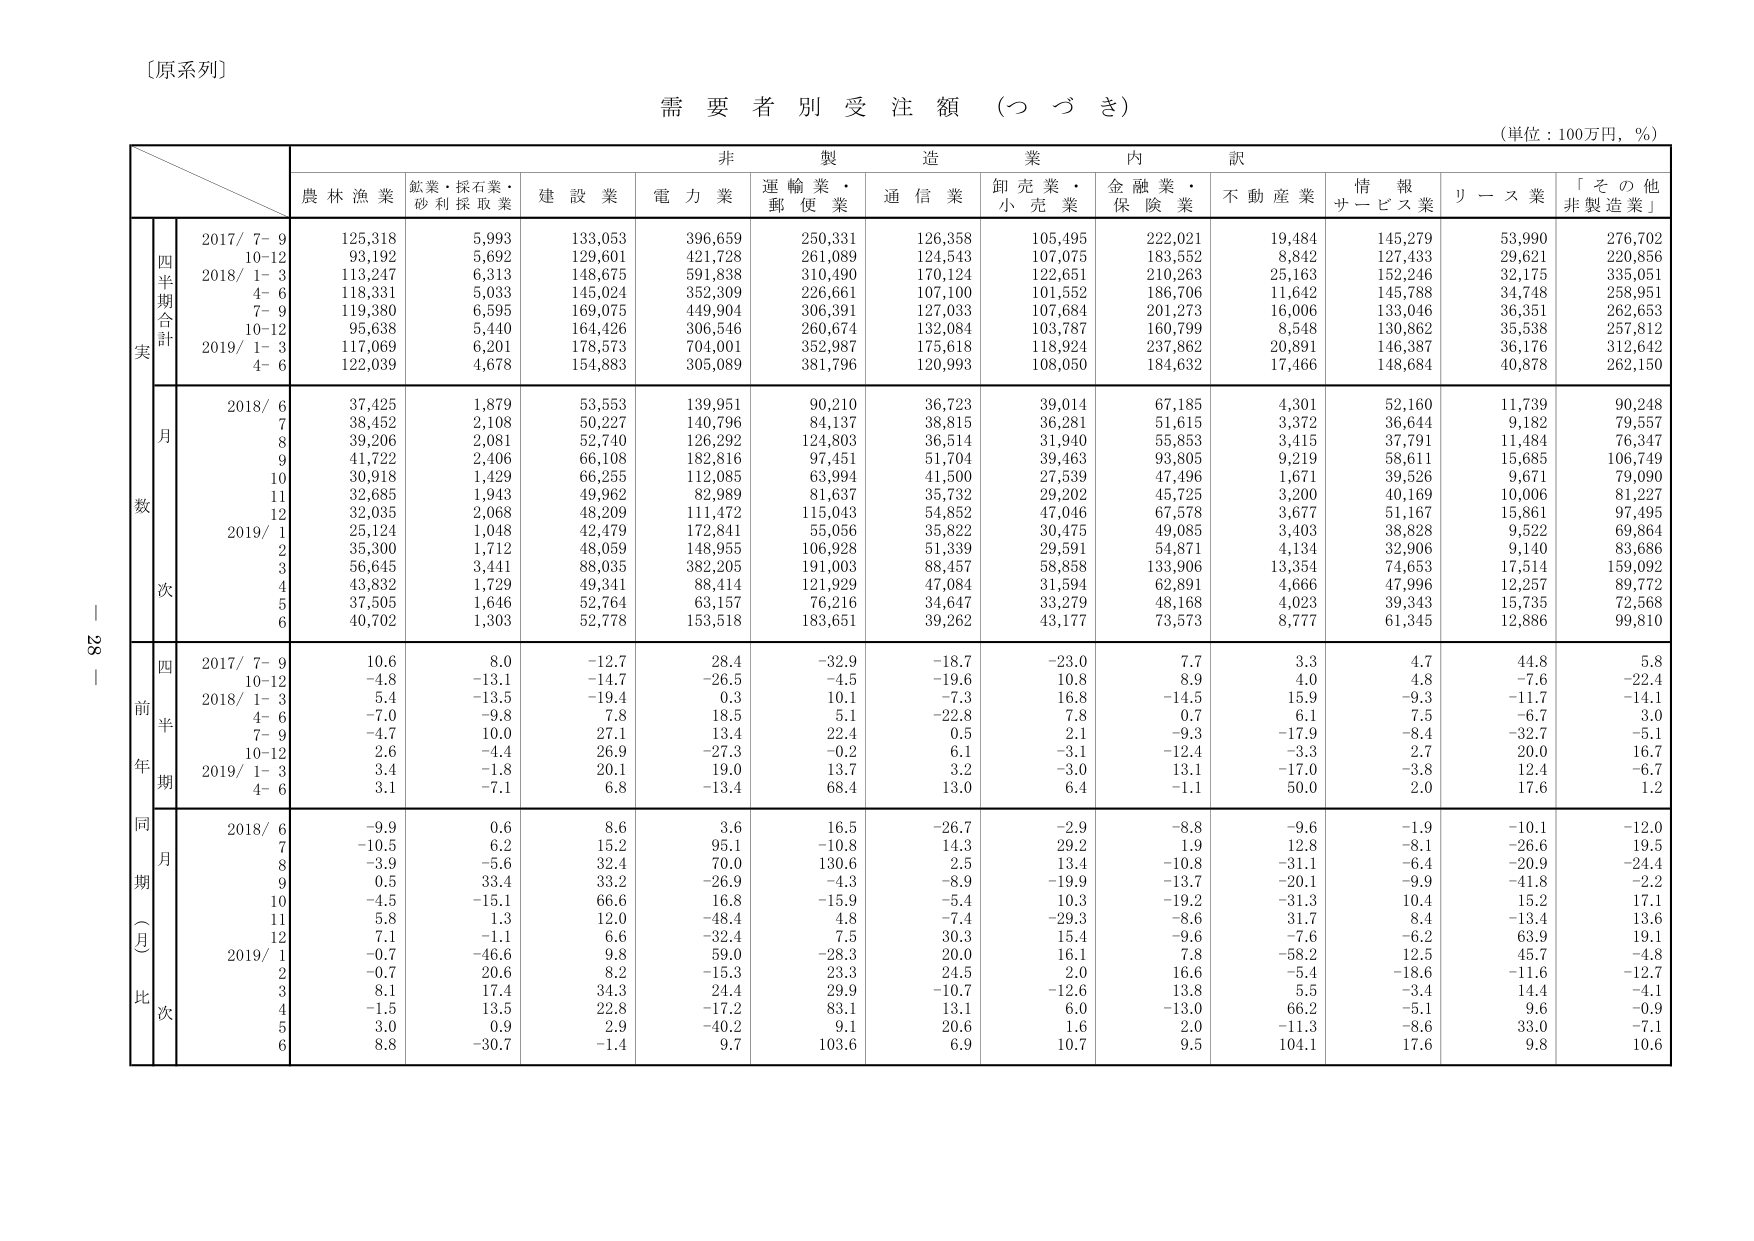
〔原系列〕

需要者別受注額（つづき）

（単位：100万円，％）

非製造業内訳

農林漁業　鉱業・採石業・砂利採取業　建設業　電力業　運輸業・郵便業　通信業　卸売業・小売業　金融業・保険業　不動産業　情報サービス業　リース業　「その他非製造業」

実

四半期合計

2017/ 7- 9　125,318　5,993　133,053　396,659　250,331　126,358　105,495　222,021　19,484　145,279　53,990　276,702
10-12　93,192　5,692　129,601　421,728　261,089　124,543　107,075　183,552　8,842　127,433　29,621　220,856
2018/ 1- 3　113,247　6,313　148,675　591,838　310,490　170,124　122,651　210,263　25,163　152,246　32,175　335,051
4- 6　118,331　5,033　145,024　352,309　226,661　107,100　101,552　186,706　11,642　145,788　34,748　258,951
7- 9　119,380　6,595　169,075　449,904　306,391　127,033　107,684　201,273　16,006　133,046　36,351　262,653
10-12　95,638　5,440　164,426　306,546　260,674　132,084　103,787　160,799　8,548　130,862　35,538　257,812
2019/ 1- 3　117,069　6,201　178,573　704,001　352,987　175,618　118,924　237,862　20,891　146,387　36,176　312,642
4- 6　122,039　4,678　154,883　305,089　381,796　120,993　108,050　184,632　17,466　148,684　40,878　262,150

数

月

2018/ 6　37,425　1,879　53,553　139,951　90,210　36,723　39,014　67,185　4,301　52,160　11,739　90,248
7　38,452　2,108　50,227　140,796　84,137　38,815　36,281　51,615　3,372　36,644　9,182　79,557
8　39,206　2,081　52,740　126,292　124,803　36,514　31,940　55,853　3,415　37,791　11,484　76,347
9　41,722　2,406　66,108　182,816　97,451　51,704　39,463　93,805　9,219　58,611　15,685　106,749
10　30,918　1,429　66,255　112,085　63,994　41,500　27,539　47,496　1,671　39,526　9,671　79,090
11　32,685　1,943　49,962　82,989　81,637　35,732　29,202　45,725　3,200　40,169　10,006　81,227
12　32,035　2,068　48,209　111,472　115,043　54,852　47,046　67,578　3,677　51,167　15,861　97,495
2019/ 1　25,124　1,048　42,479　172,841　55,056　35,822　30,475　49,085　3,403　38,828　9,522　69,864
2　35,300　1,712　48,059　148,955　106,928　51,339　29,591　54,871　4,134　32,906　9,140　83,686
3　56,645　3,441　88,035　382,205　191,003　88,457　58,858　133,906　13,354　74,653　17,514　159,092
4　43,832　1,729　49,341　88,414　121,929　47,084　31,594　62,891　4,666　47,996　12,257　89,772
5　37,505　1,646　52,764　63,157　76,216　34,647　33,279　48,168　4,023　39,343　15,735　72,568
6　40,702　1,303　52,778　153,518　183,651　39,262　43,177　73,573　8,777　61,345　12,886　99,810

前年同期（月比）次

四半期

2017/ 7- 9　10.6　8.0　-12.7　28.4　-32.9　-18.7　-23.0　7.7　3.3　4.7　44.8　5.8
10-12　-4.8　-13.1　-14.7　-26.5　-4.5　-19.6　10.8　8.9　4.0　4.8　-7.6　-22.4
2018/ 1- 3　5.4　-13.5　-19.4　0.3　10.1　-7.3　16.8　-14.5　15.9　-9.3　-11.7　-14.1
4- 6　-7.0　-9.8　7.8　18.5　5.1　-22.8　7.8　0.7　6.1　7.5　-6.7　3.0
7- 9　-4.7　10.0　27.1　13.4　22.4　0.5　2.1　-9.3　-17.9　-8.4　-32.7　-5.1
10-12　2.6　-4.4　26.9　-27.3　-0.2　6.1　-3.1　-12.4　-3.3　2.7　20.0　16.7
2019/ 1- 3　3.4　-1.8　20.1　19.0　13.7　3.2　-3.0　13.1　-17.0　-3.8　12.4　-6.7
4- 6　3.1　-7.1　6.8　-13.4　68.4　13.0　6.4　-1.1　50.0　2.0　17.6　1.2

月

2018/ 6　-9.9　0.6　8.6　3.6　16.5　-26.7　-2.9　-8.8　-9.6　-1.9　-10.1　-12.0
7　-10.5　6.2　15.2　95.1　-10.8　14.3　29.2　1.9　12.8　-8.1　-26.6　19.5
8　-3.9　-5.6　32.4　70.0　130.6　2.5　13.4　-10.8　-31.1　-6.4　-20.9　-24.4
9　0.5　33.4　33.2　-26.9　-4.3　-8.9　-19.9　-13.7　-20.1　-9.9　-41.8　-2.2
10　-4.5　-15.1　66.6　16.8　-15.9　-5.4　10.3　-19.2　-31.3　10.4　15.2　17.1
11　5.8　1.3　12.0　-48.4　4.8　-7.4　-29.3　-8.6　31.7　8.4　-13.4　13.6
12　7.1　-1.1　6.6　-32.4　7.5　30.3　15.4　-9.6　-7.6　-6.2　63.9　19.1
2019/ 1　-0.7　-46.6　9.8　59.0　-28.3　20.0　16.1　7.8　-58.2　12.5　45.7　-4.8
2　-0.7　20.6　8.2　-15.3　23.3　24.5　2.0　16.6　-5.4　-18.6　-11.6　-12.7
3　8.1　17.4　34.3　24.4　29.9　-10.7　-12.6　13.8　5.5　-3.4　14.4　-4.1
4　-1.5　13.5　22.8　-17.2　83.1　13.1　6.0　-13.0　66.2　-5.1　9.6　-0.9
5　3.0　0.9　2.9　-40.2　9.1　20.6　1.6　2.0　-11.3　-8.6　33.0　-7.1
6　8.8　-30.7　-1.4　9.7　103.6　6.9　10.7　9.5　104.1　17.6　9.8　10.6

28